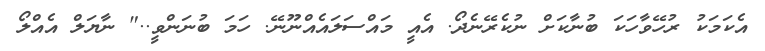
އެކަމަކު ރުހޭވާހަކަ ބުނާކަށް ނުކެރޭނެދޯ. އެއީ މައްސަލައެއްނޫނޭ. ހަމަ ބުނަންވީ.." ނާޔަލް އެއްލޯ